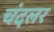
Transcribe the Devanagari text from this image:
चंदलर